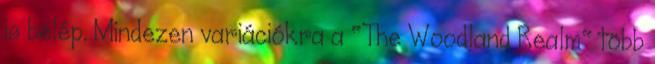
is belép. Mindezen variációkra a "The Woodland Realm" több